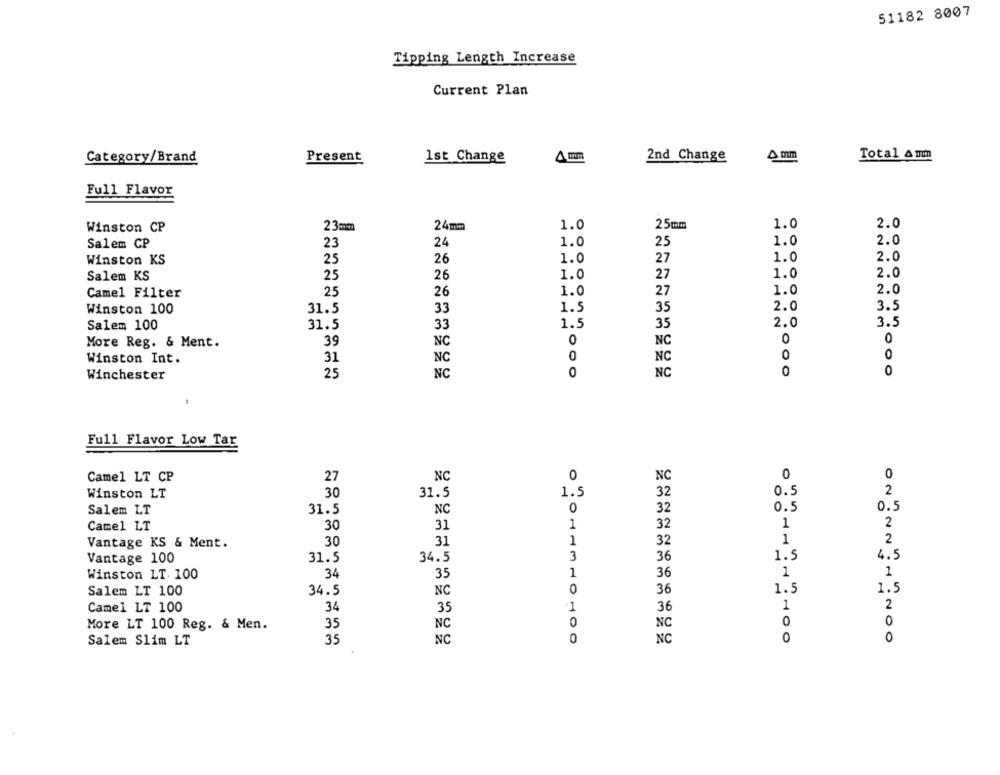
51182 8007
Tipping Length Increase
Current Plan
Total Amm
Category/Brand
Present
1st Change
4 mm
2nd Change
4 mm
Full Flavor
24mm
1.0
25mm
1.0
2.0
Winston CP
23mm
1.0
2.0
Salem CP
23
24
1.0
25
1.0
2.0
Winston KS
25
26
1.0
27
Salem KS
25
26
1.0
27
1.0
2.0
Camel Filter
25
26
1.0
27
1.0
2.0
Winston 100
31.5
33
1.5
35
2.0
3.5
Salem 100
33
1.5
35
2.0
3.5
31.5
39
NC
NC
0
0
More Reg. & Ment.
0
0
Winston Int.
31
NC
NC
25
NC
0
NC
O
Winchester
Full Flavor Low Tar
0
Camel LT CP
27
NC
0
NC
0
2
Winston LT
30
31.5
1.5
32
0.5
Salem LT
31.5
NC
0
32
0.5
0.5
Camel LT
30
31
1
32
1
2
30
31
1
32
1
2
Vantage KS & Ment.
Vantage 100
31.5
34.5
3
36
1.5
4.5
34
1
36
1
1
Winston LT. 100
35
NC
0
1.5
1.5
Salem LT 100
34.5
36
2
Camel LT 100
34
35
1
36
1
0
0
More LT 100 Reg. & Men.
35
NC
NC
0
Salem Slim LT
35
NC
0
NC
0
0
.